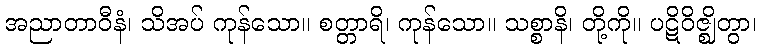
အညာတာဝီနံ၊ သိအပ် ကုန်သော။ စတ္တာရိ၊ ကုန်သော။ သစ္စာနိ၊ တို့ကို။ ပဋိဝိဇ္ဈိတွာ၊